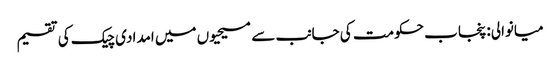
میانوالی: پنجاب حکومت کی جانب سے مسیحیوں میں امدادی چیک کی تقسیم